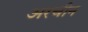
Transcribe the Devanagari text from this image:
अरचीन